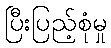
ပြီးပြည့်စုံမှု